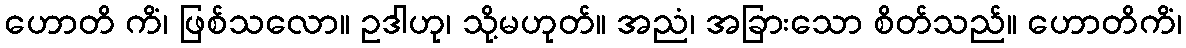
ဟောတိ ကိံ၊ ဖြစ်သလော။ ဥဒါဟု၊ သို့မဟုတ်။ အညံ၊ အခြားသော စိတ်သည်။ ဟောတိကိံ၊